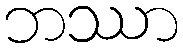
ဘဿာ